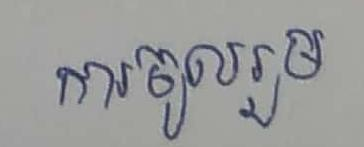
ការចូលរួម